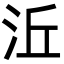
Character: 㳋